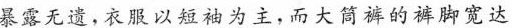
暴露无遗，衣服以短袖为主，而大筒裤的裤脚宽达